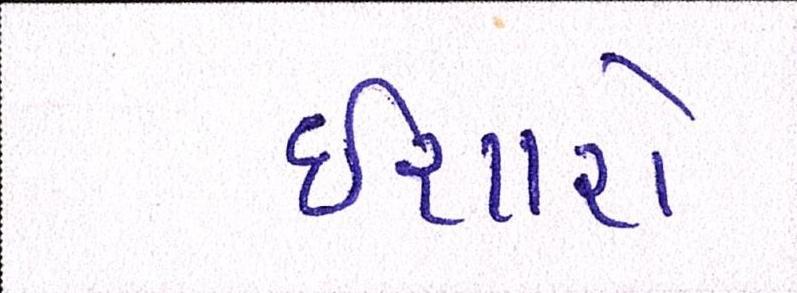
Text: ઈશારો